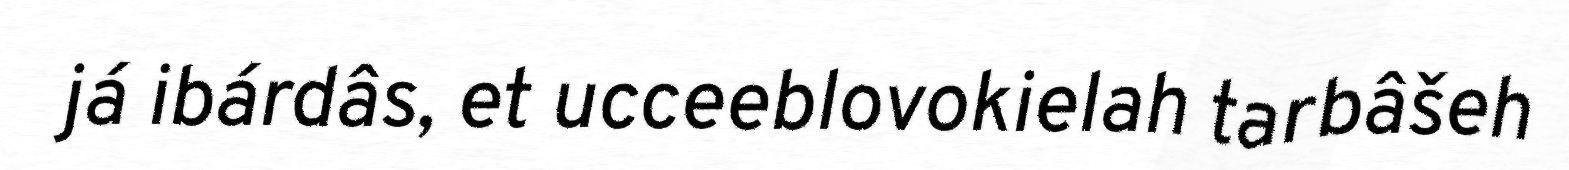
já ibárdâs, et ucceeblovokielah tarbâšeh